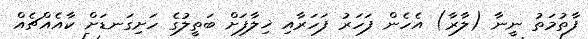
ފާތުމަތު ނީނާ (ލާރާ) އެހެން ފަހަރު ފަހަރާއި ޚިލާފަށް ބަތީލުގެ ހަށިގަނޑަށް ކާއެއްޗެއް